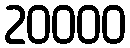
20000